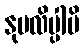
နုပလိပ္ပါမိ